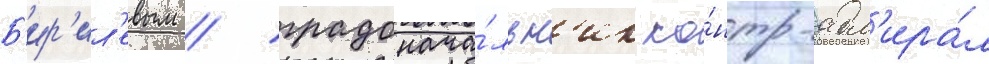
Б'ир'ил'евым / градонача́льн'ик ко́нтр-адм'ира́л